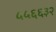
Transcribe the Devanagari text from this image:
५५६६३२